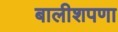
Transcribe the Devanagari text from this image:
बालीशपणा